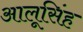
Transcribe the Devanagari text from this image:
आलूसिंह